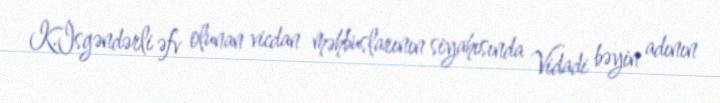
K.İsgəndərli əfv olunan vicdan məhbuslarının siyahısında Vidadi bəyin adının